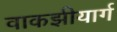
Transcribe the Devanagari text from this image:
वाकझीयार्ग